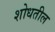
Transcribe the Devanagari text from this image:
शोधतील